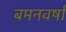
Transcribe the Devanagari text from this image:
बमनवर्षा